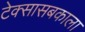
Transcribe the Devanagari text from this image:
टेक्सासबकाला